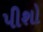
પીશો